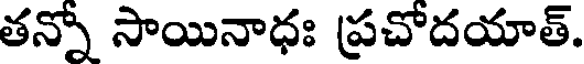
తన్నో సాయినాధః ప్రచోదయాత్.